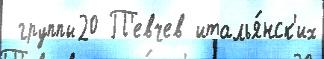
 группы20 П'евчев италья́нск'их